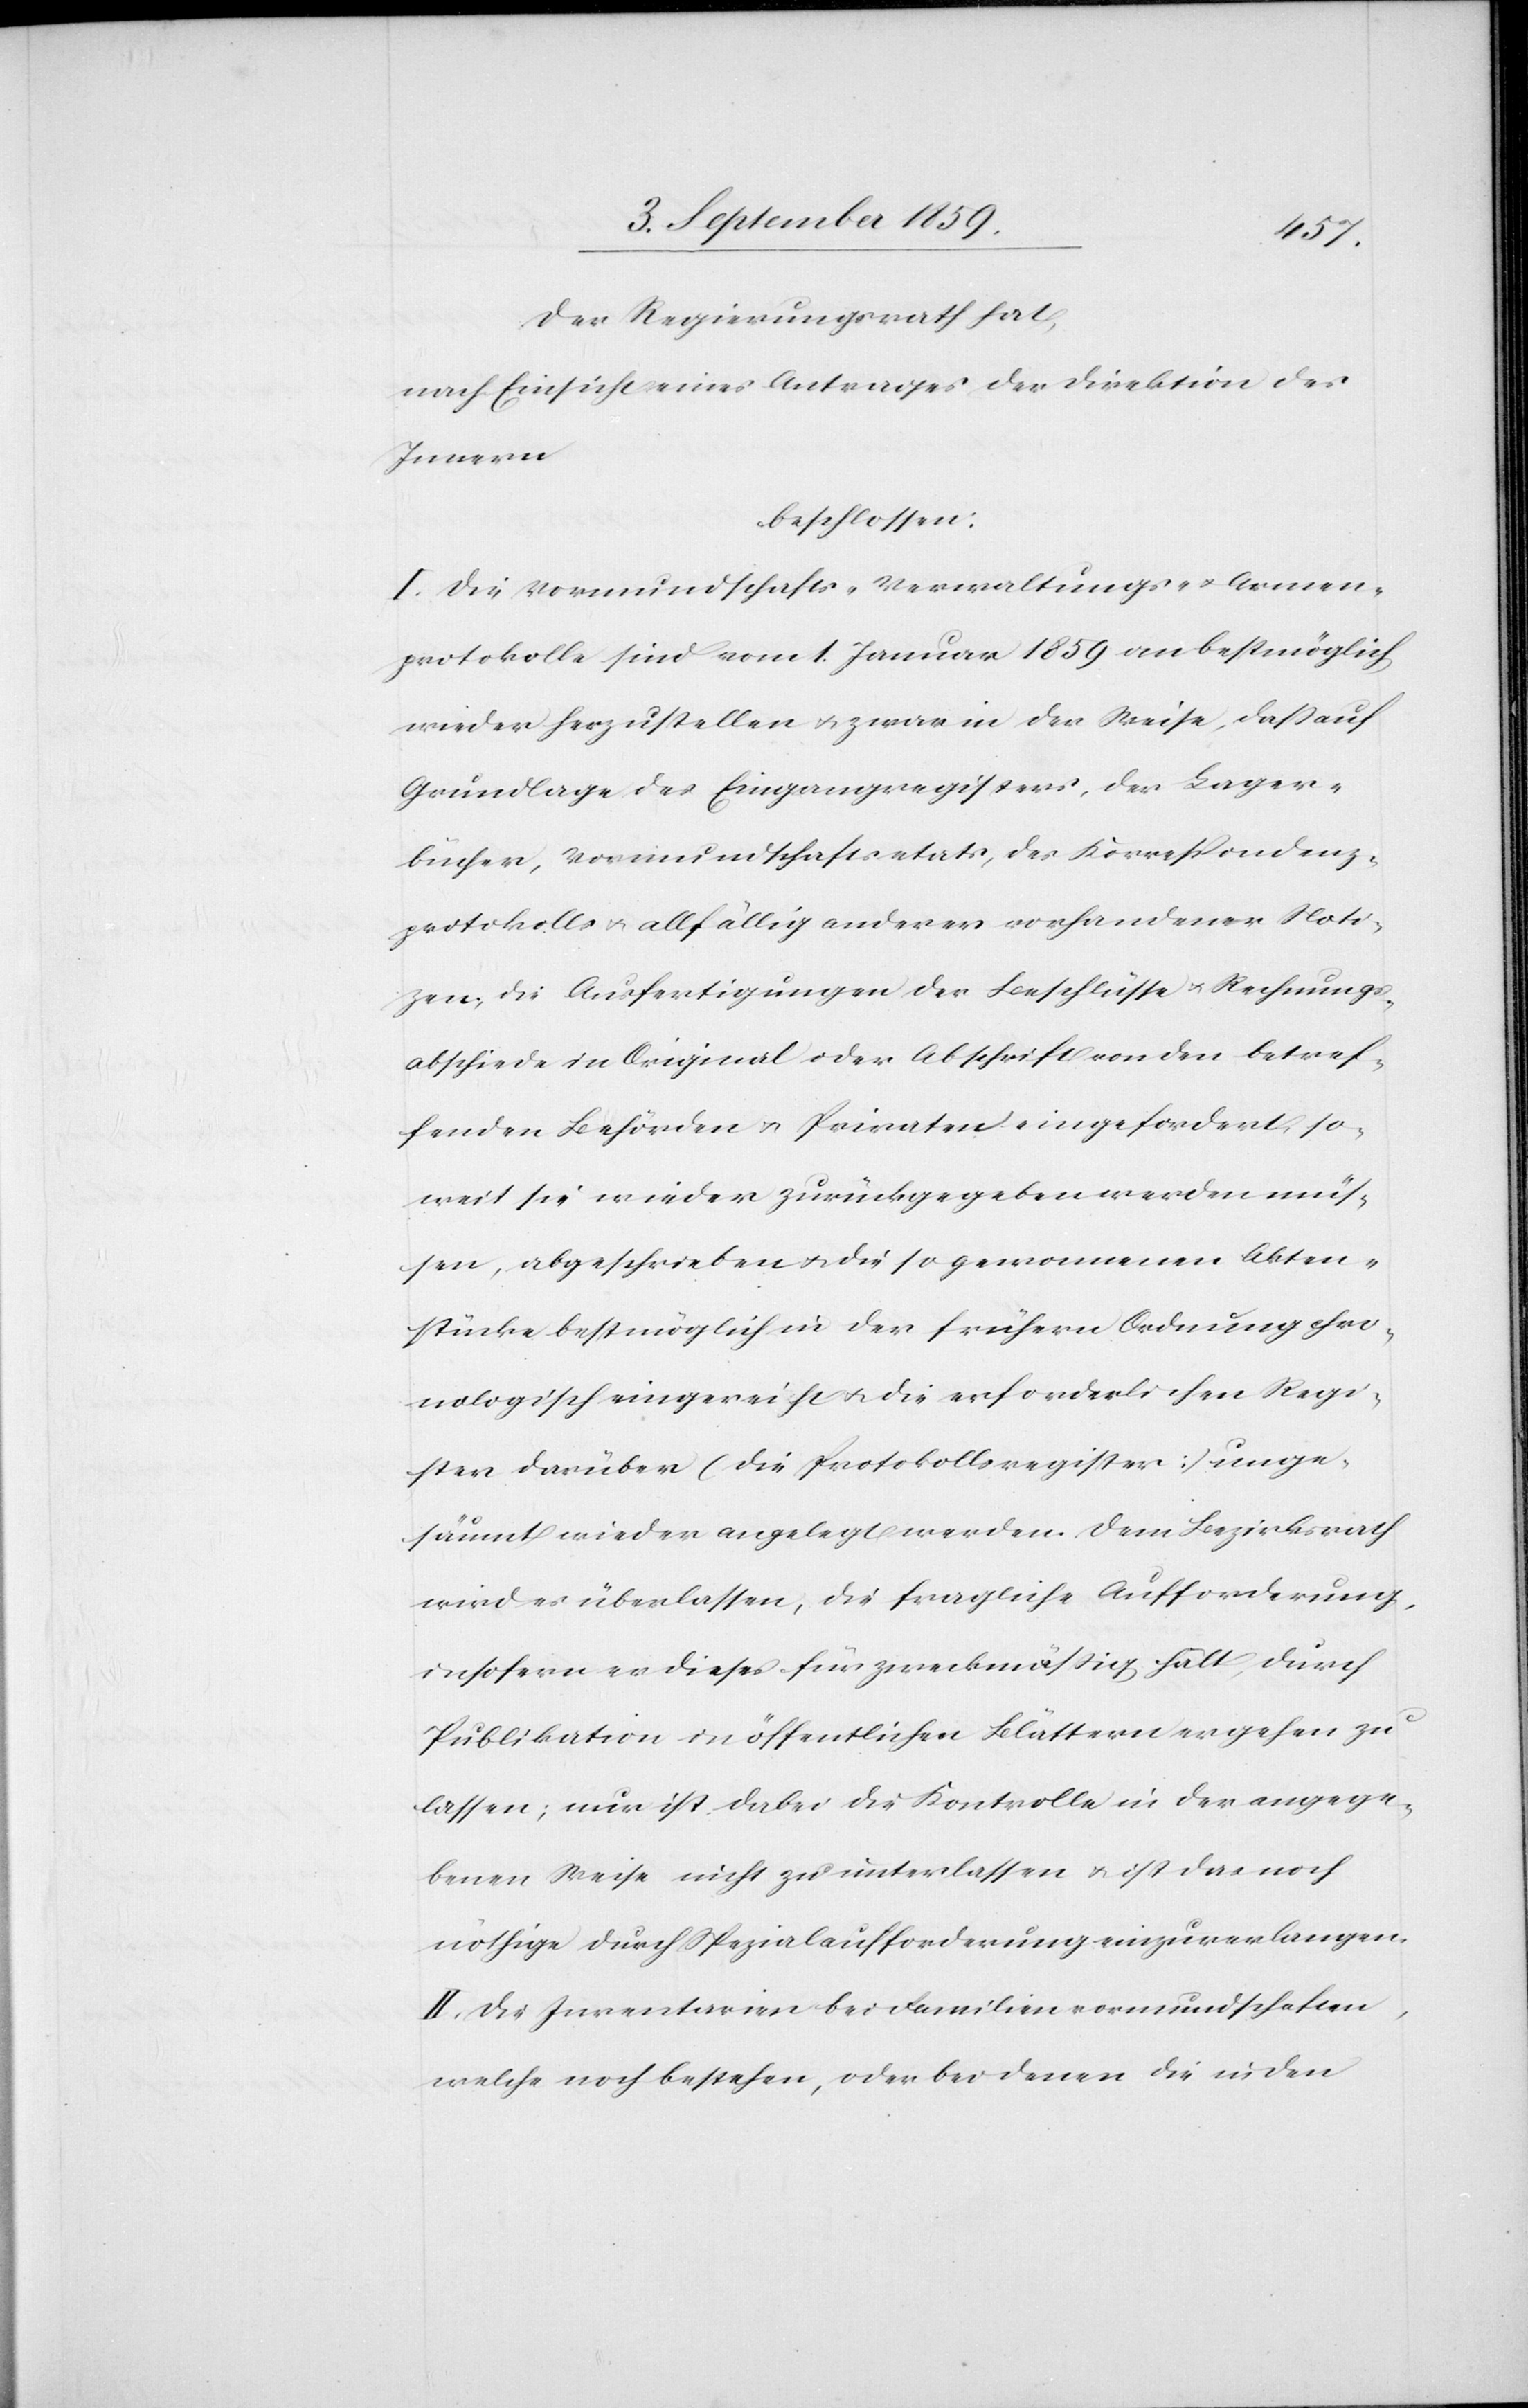
Der Regierungsrath hat,
nach Einsicht eines Antrages der Direktion des
Innern
beschlossen:
I. Die Vormundschafts- Verwaltungs- & Armen¬
protokolle sind vom 1. Januar 1859 an bestmöglich
wieder herzustellen & zwar in der Weise, daß auf
Grundlage des Eingangsregisters, der Lager¬
bücher, Vormundschaftsetats, des Korrespondenz¬
protokolls & allfällig anderer vorhandener Noti¬
zen, die Ausfertigungen der Beschlüsse & Rechnungs¬
abschiede in Original oder Abschrift von den betref¬
fenden Behörden & Privaten eingefordert, so¬
weit sie wieder zurückgegeben werden müs¬
sen, abgeschrieben & die so gewonnenen Akten¬
stücke bestmöglich in der frühern Ordnung chro¬
nologisch eingereicht & die erforderlichen Regi¬
ster darüber (die Protokollsregister) unge¬
säumt wieder angelegt werden. Dem Bezirksrath
wird es überlassen, die fragliche Aufforderung,
insofern er dieses für zweckmäßig hält, durch
Publikation in öffentlichen Blättern ergehen zu
lassen; nur ist dabei die Kontrolle in der angege¬
benen Weise nicht zu unterlassen & ist das noch
nöthige durch Spezialaufforderung einzuverlangen.
II. Die Inventarien bei Familienvormundschaften,
welche noch bestehen, oder bei denen die in den